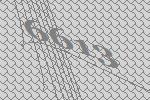
6613